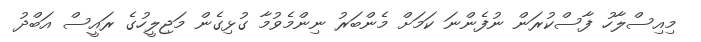
މިއިސްލާހު ފާސްކުރަން ނުފެންނަ ކަމަށް މެންބަރު ނިންމެވުމާ ގުޅިގެން މަޖިލީހުގެ ރައީސް އަބްދު